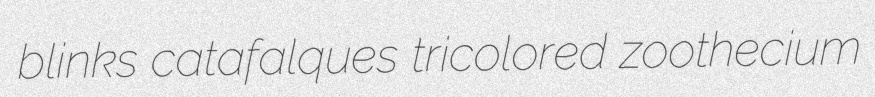
blinks catafalques tricolored zoothecium